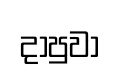
දාපුවා